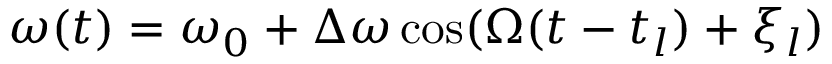
\omega ( t ) = \omega _ { 0 } + \Delta \omega \cos ( \Omega ( t - t _ { l } ) + \xi _ { l } )